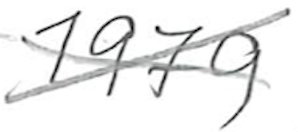
Text: 1979
Cross-out: mix
Writing tool: pencil